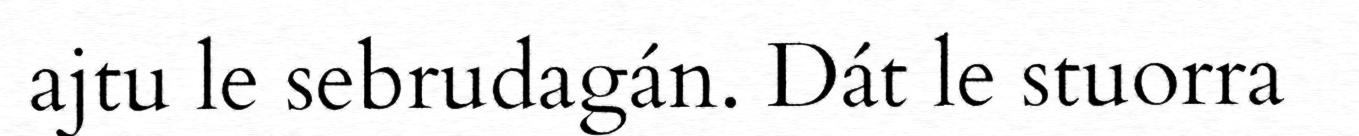
ajtu le sebrudagán. Dát le stuorra